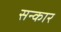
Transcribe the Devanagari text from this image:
सन्कार